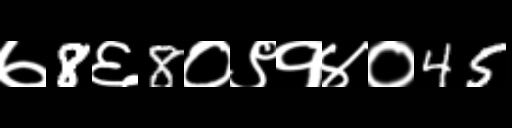
Text: ७8६8०९१४०45